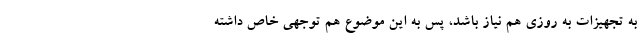
به تجهیزات به روزی هم نیاز باشد، پس به این موضوع هم توجهی خاص داشته